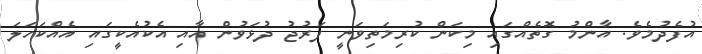
އުފެދުމެވެ. އާންމު ގޮތެއްގައި މިކަން ކުރިމަތިވަނީ ފަރުޖު ދުޅަވުން އާއި އެކުއެކީގައި އެއްކަހަލަ